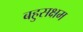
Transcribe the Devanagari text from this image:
बहुसक्षम